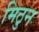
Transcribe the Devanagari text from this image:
मिठुन